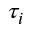
\tau _ { i }